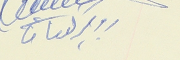
روبير كنعان